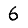
Digit: 6